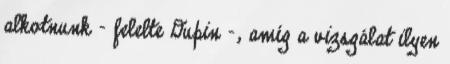
alkotnunk - felelte Dupin -, amíg a vizsgálat ilyen